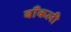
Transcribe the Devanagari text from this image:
बाँकली